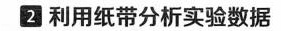
2利用纸带分析实验数据